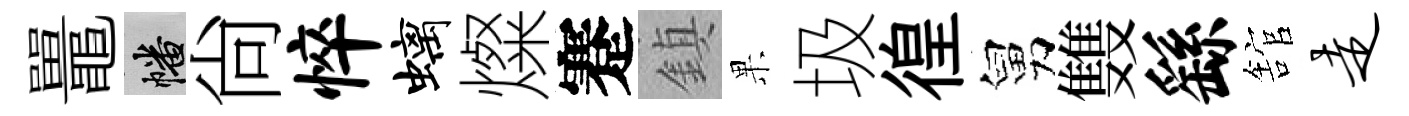
鼉幡尙悴螭燦蹇鎮果圾徨舅䨇繇舘走